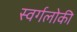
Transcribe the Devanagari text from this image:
स्वर्गलोकी